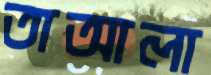
তাআলা